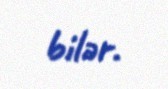
bilər.